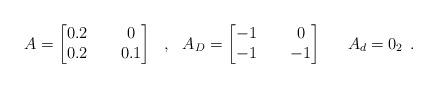
LaTeX: \begin{align*}\begin{array}{ccccc}A = \left[ \begin{matrix} 0.2 & \ & 0 \\ 0.2 & & 0.1 \end{matrix} \right]&,&A_D = \left[ \begin{matrix} -1 & \ & 0 \\ -1 & & -1 \end{matrix} \right]&&A_d = 0_2\end{array}.\end{align*}